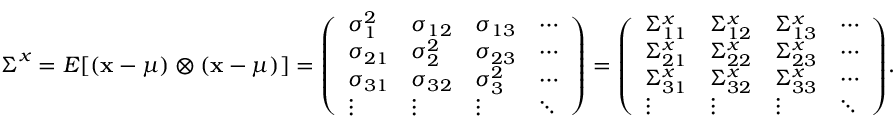
{ \boldsymbol { \Sigma } } ^ { x } = E [ ( \mathbf { x } - { \boldsymbol { \mu } } ) \otimes ( \mathbf { x } - { \boldsymbol { \mu } } ) ] = { \left( \begin{array} { l l l l } { \sigma _ { 1 } ^ { 2 } } & { \sigma _ { 1 2 } } & { \sigma _ { 1 3 } } & { \cdots } \\ { \sigma _ { 2 1 } } & { \sigma _ { 2 } ^ { 2 } } & { \sigma _ { 2 3 } } & { \cdots } \\ { \sigma _ { 3 1 } } & { \sigma _ { 3 2 } } & { \sigma _ { 3 } ^ { 2 } } & { \cdots } \\ { \vdots } & { \vdots } & { \vdots } & { \ddots } \end{array} \right) } = { \left( \begin{array} { l l l l } { { \Sigma } _ { 1 1 } ^ { x } } & { { \Sigma } _ { 1 2 } ^ { x } } & { { \Sigma } _ { 1 3 } ^ { x } } & { \cdots } \\ { { \Sigma } _ { 2 1 } ^ { x } } & { { \Sigma } _ { 2 2 } ^ { x } } & { { \Sigma } _ { 2 3 } ^ { x } } & { \cdots } \\ { { \Sigma } _ { 3 1 } ^ { x } } & { { \Sigma } _ { 3 2 } ^ { x } } & { { \Sigma } _ { 3 3 } ^ { x } } & { \cdots } \\ { \vdots } & { \vdots } & { \vdots } & { \ddots } \end{array} \right) } .